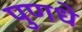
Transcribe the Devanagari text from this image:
पुणधे